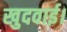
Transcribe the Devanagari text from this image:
खुदवाई।